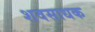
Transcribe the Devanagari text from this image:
शवसाधक